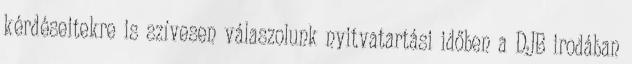
kérdéseitekre is szívesen válaszolunk nyitvatartási időben a DJB irodában